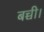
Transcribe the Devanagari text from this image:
बच्ची।